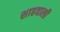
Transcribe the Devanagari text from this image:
शाहवाली